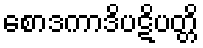
စောဒကာဒိပဋိပတ္တိ